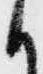
か